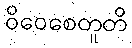
ဝိဝေစေတူတိ